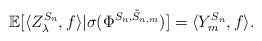
LaTeX: \begin{align*}\mathbb{E}[\langle Z_{\lambda}^{S_{n}},f\rangle|\sigma(\Phi^{S_{n},\tilde{S}_{n,m}})]=\langle Y_{m}^{S_{n}},f\rangle.\end{align*}